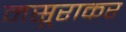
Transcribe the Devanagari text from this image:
मसूराकर